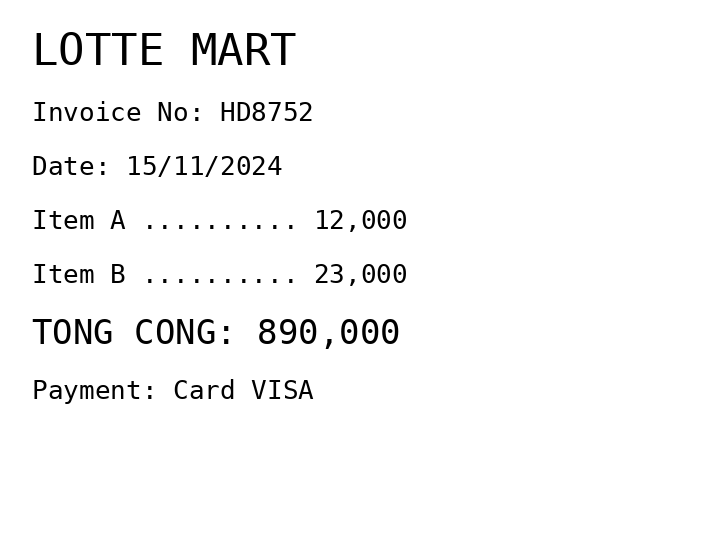
LOTTE MART
Invoice No: HD8752
Date: 15/11/2024
Item A .......... 12,000
Item B .......... 23,000
TONG CONG: 890,000
Payment: Card VISA
Merchant: lotte mart
Date: 2024-11-15
Total: 890000
Invoice No: HD8752
Payment method: CARD